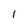
Character: l